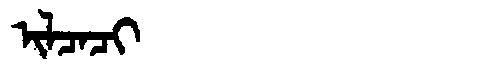
Manchu: ᡳᠯᠴᠠᠴᡳ
Romanization: ILCACI